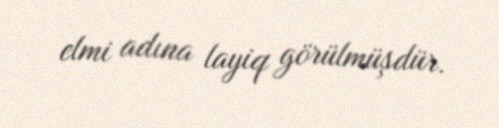
elmi adına layiq görülmüşdür.